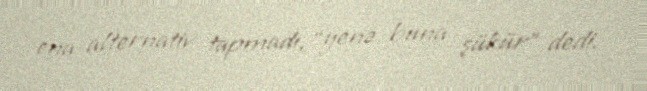
ona alternativ tapmadı, “yenə buna şükür” dedi.